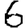
Digit: 6